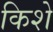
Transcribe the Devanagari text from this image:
किशे